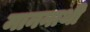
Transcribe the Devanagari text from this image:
माननाथी